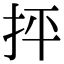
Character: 抨